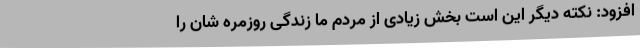
افزود: نکته دیگر این است بخش زیادی از مردم ما زندگی روزمره شان را